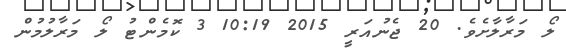
ލޯ މަރާލާށެވެ. 20 ޖެނުއަރީ 2015 10:19 3 ކޮމެންޓު ލޯ މަރާލުމުން